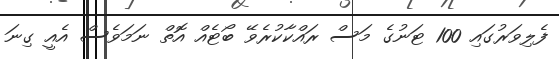
ފެލިވަރުގައި 100 ޓަނުގެ މަސް ރައްކާކުރެވޭ ބޯޓެއް އޮތް ނަމަވެސް އެއީ ގިނަ